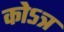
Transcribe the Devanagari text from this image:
कोऽत्र